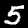
Label: 5